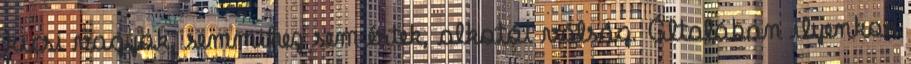
kicsi vagyok, semmihez sem értek, alkotói válság. Általában ilyenkor